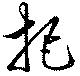
把